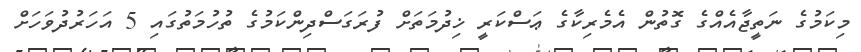
މިކަމުގެ ނަތީޖާއެއްގެ ގޮތުން އެމެރިކާގެ ޢަސްކަރީ ޚިދުމަތަށް ފުރަގަސްދިންކަމުގެ ތުހުމަތުގައި 5 އަހަރުދުވަހަށް